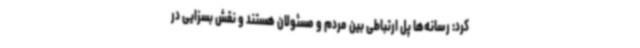
کرد: رسانه‌ها پل ارتباطی بین مردم و مسئولان هستند و نقش بسزایی در